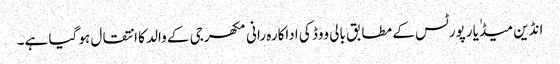
انڈین میڈٰیا رپورٹس کے مطابق بالی ووڈ کی اداکارہ رانی مکھرجی کے والد کا انتقال ہو گیا ہے۔